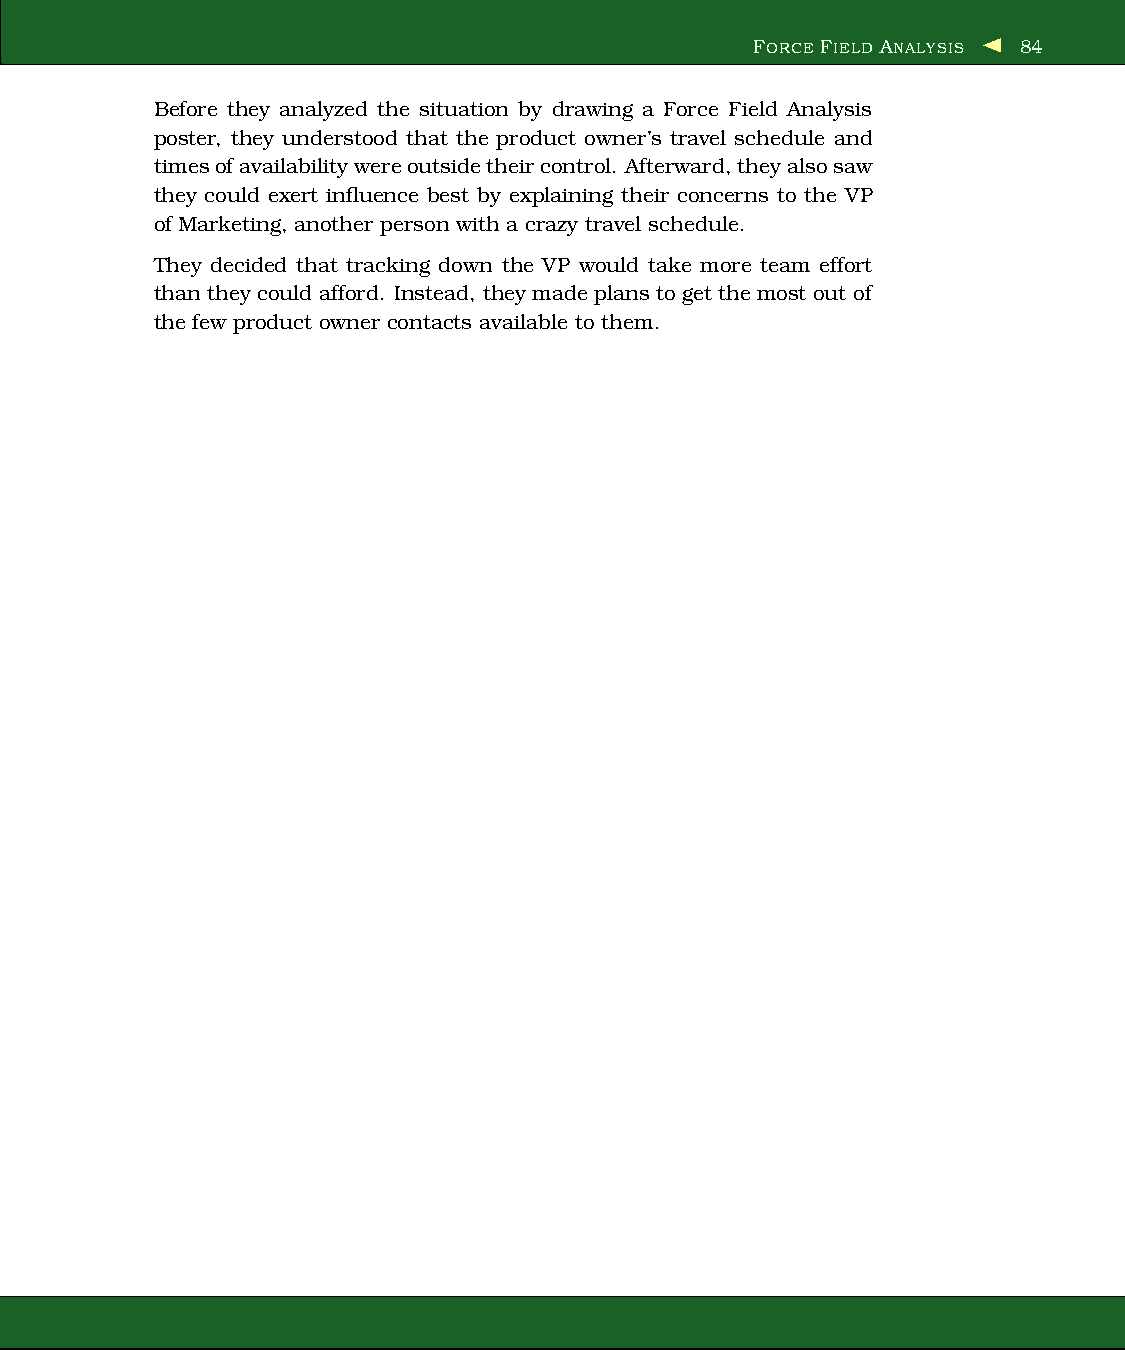
FORCE FIELD ANALYSIS 84
 Before they analyzed the situation by drawing a Force Field Analysis
 poster, they understood that the product owner’s travel schedule and
 timesofavailabilitywereoutsidetheircontrol. Afterward,theyalsosaw
 they could exert influence best by explaining their concerns to the VP
 of Marketing, another person with a crazy travel schedule.
 They decided that tracking down the VP would take more team effort
 than they could afford. Instead, they made plans to get the most out of
 the few product owner contacts available to them.